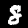
Label: 8